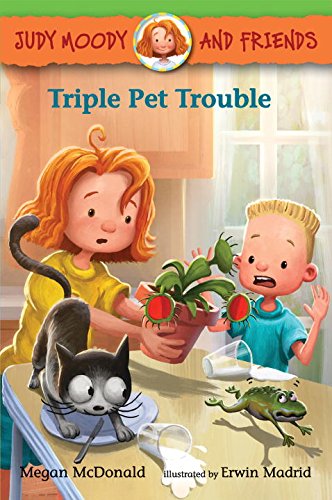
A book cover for Judy Moody and Friends: Triple Pet Trouble; Megan McDonald; Children's Books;